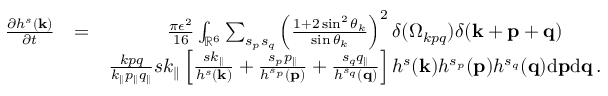
\begin{array} { r l r } { \frac { \partial h ^ { s } ( { \bf k } ) } { \partial t } } & { = } & { \frac { \pi \epsilon ^ { 2 } } { 1 6 } \int _ { { \mathbb { R } } ^ { 6 } } \sum _ { s _ { p } s _ { q } } \left( \frac { 1 + 2 \sin ^ { 2 } \theta _ { k } } { \sin \theta _ { k } } \right) ^ { 2 } \delta ( \Omega _ { k p q } ) \delta ( { \bf k } + { \bf p } + { \bf q } ) \quad \quad } \\ & { } & { \frac { k p q } { k _ { \parallel } p _ { \parallel } q _ { \parallel } } s k _ { \parallel } \left[ \frac { s k _ { \parallel } } { h ^ { s } ( { \bf k } ) } + \frac { s _ { p } p _ { \parallel } } { h ^ { s _ { p } } ( { \bf p } ) } + \frac { s _ { q } q _ { \parallel } } { h ^ { s _ { q } } ( { \bf q } ) } \right] h ^ { s } ( { \bf k } ) h ^ { s _ { p } } ( { \bf p } ) h ^ { s _ { q } } ( { \bf q } ) \mathrm { d } { \bf p } \mathrm { d } { \bf q } \, . } \end{array}